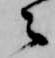
之